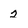
Character: 2